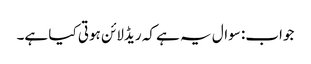
جواب: سوال یہ ہے کہ ریڈلائن ہوتی کیا ہے۔